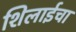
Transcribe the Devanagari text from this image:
शिलाईचा